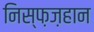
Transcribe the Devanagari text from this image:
निस्फ़ज़हान